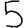
Digit: 5